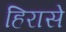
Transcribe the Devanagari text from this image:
हिरासे